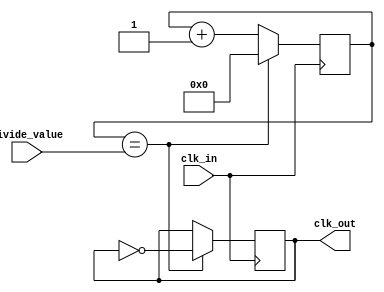
module Frequency_Divider (
    input wire clk_in,
    input wire [7:0] divide_value,
    output reg clk_out
);

reg [7:0] count;

always @(posedge clk_in) begin
    if (count == divide_value) begin
        count <= 0;
        clk_out <= ~clk_out;
    end else begin
        count <= count + 1;
    end
end

endmodule